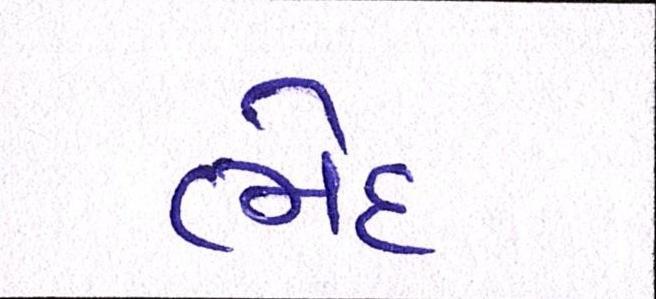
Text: ભેદ